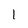
Character: l